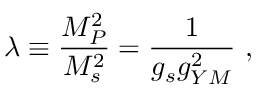
\lambda \equiv { { \frac { M _ { P } ^ { 2 } } { M _ { s } ^ { 2 } } } } = { \frac { 1 } { g _ { s } g _ { Y M } ^ { 2 } } } \ ,